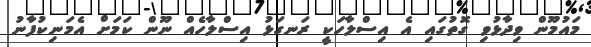
މައުމޫން ވިދާޅުވި ގޮތުގައި އެ އިސްލާހަކީ ރަނގަޅު އިސްލާހެއް ނޫން ކަމަށް އެމަނިކުފާނު